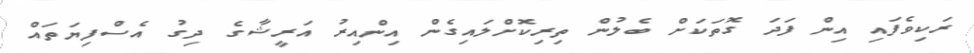
ރަކިވެފައި އިން ފަދަ ގޮތަކަށް ބެލުން ތިރިކޮށްލައިގެން އިންއިރު އަރީޝާގެ ދިގު އެސްފިޔަތައް